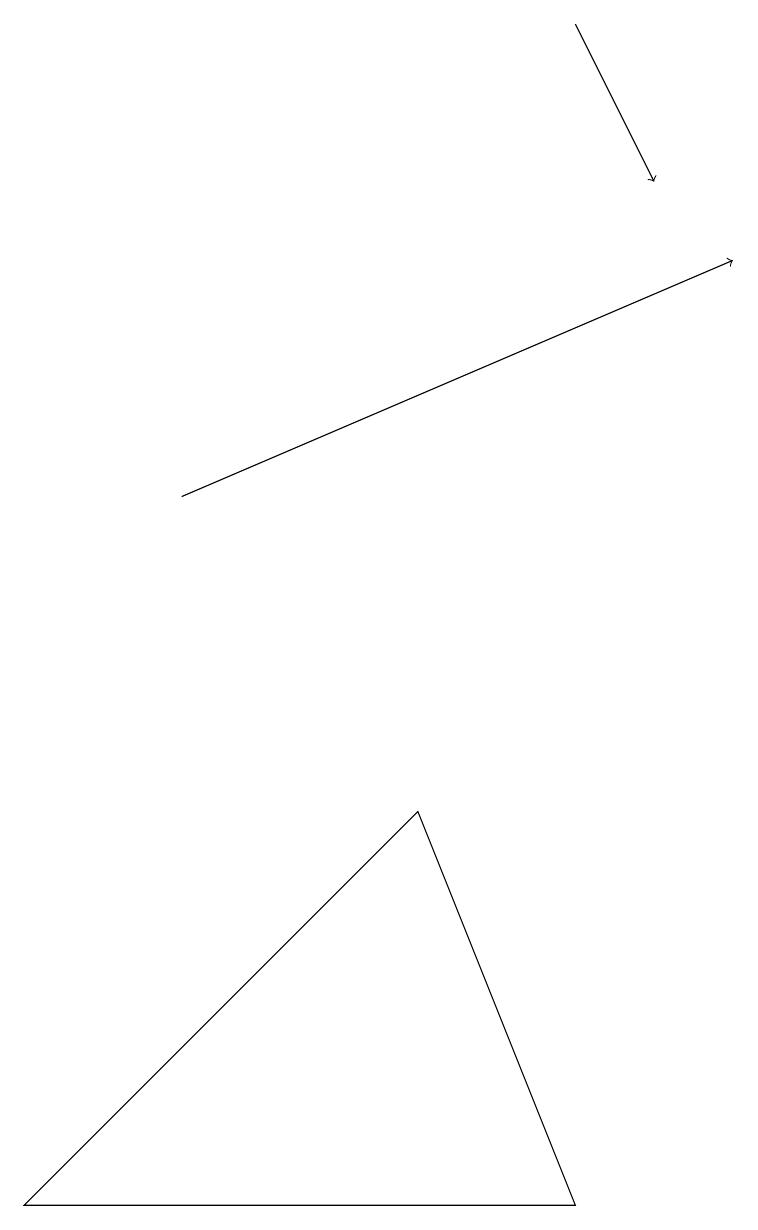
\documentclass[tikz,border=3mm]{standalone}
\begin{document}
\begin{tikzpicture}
\draw[->] (2,12) -- (9,15);
\draw[->] (7,18) -- (8,16);
\draw (7,3) -- (5,8) -- (0,3) -- cycle;
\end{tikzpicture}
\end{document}